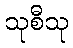
သုစီသု